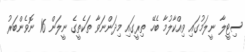
ސިޓީލާ ނީލަމުގައި ވިއްކާލުމާ ބެހޭ ތިރީގައި މިދަންނަވާ ތަކެތީގެ ނީލަން 16 ނޮވެންބަރު